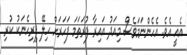
އެއީ އެވެ. އެހެންނަމަވެސް މިއަދު އައިރާ ފުރަތަމަ ފަހަރަށް ހިލޭ ފިރިހެނަކު ކުރި